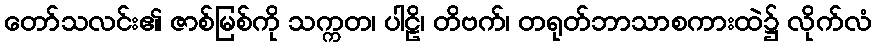
တော်သလင်း၏ ဇာစ်မြစ်ကို သက္ကတ၊ ပါဠိ၊ တိဗက်၊ တရုတ်ဘာသာစကားထဲ၌ လိုက်လံ